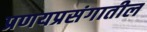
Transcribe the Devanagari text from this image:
प्रणयप्रसंगातील